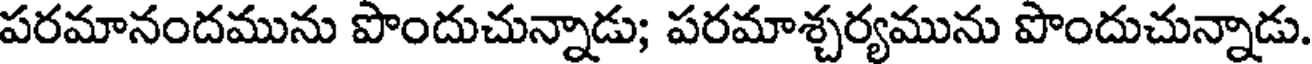
పరమానందమును పొందుచున్నాడు; పరమాశ్చర్యమును పొందుచున్నాడు.